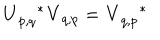
LaTeX: \mathbf { U } _ { p , q } ^ { \quad \ast } \mathbf { V } _ { q , p } = \mathbf { V } _ { q , p } ^ { \quad \ast }